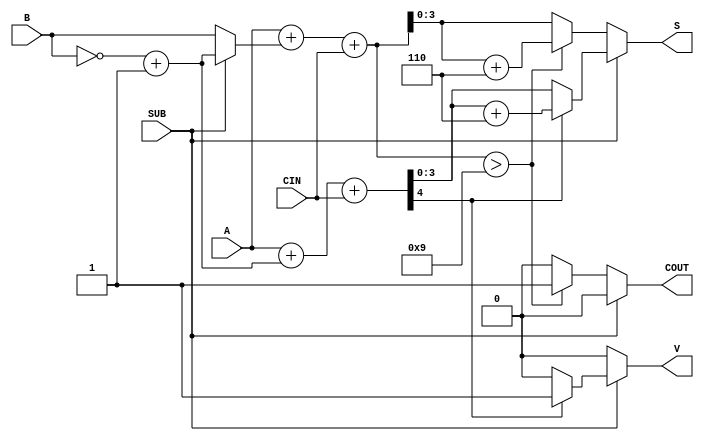
module BCD_Add_Subtracter (
    input  wire [3:0] A,     // First BCD digit
    input  wire [3:0] B,     // Second BCD digit
    input  wire SUB,         // Control signal for addition/subtraction
    input  wire CIN,         // Carry-in (typically 0 for addition)
    output reg  [3:0] S,     // Resulting BCD digit
    output reg  COUT,        // Carry-out
    output reg  V            // Overflow flag for subtraction
);

    wire [4:0] sum;          // 5-bit sum for addition and subtraction
    wire [3:0] B_complement; // 9's complement of B
    wire [4:0] adjusted_sum; // Adjusted sum for BCD correction

    // Calculate 9's complement of B
    assign B_complement = ~B + 4'b0001; // Invert B and add 1

    // Addition logic
    assign sum = A + (SUB ? B_complement : B) + CIN;

    // BCD correction logic for addition
    always @(*) begin
        if (!SUB) begin
            if (sum > 4'd9) begin
                S = sum[3:0] + 4'b0110; // Add 6 for BCD correction
                COUT = 1'b1;            // Set carry-out
            end else begin
                S = sum[3:0];
                COUT = 1'b0;            // No carry-out
            end
            V = 1'b0;                  // No overflow in addition
        end 
        // Subtraction logic
        else begin
            adjusted_sum = A + B_complement + CIN;
            if (adjusted_sum[4] == 1'b1) begin
                S = adjusted_sum[3:0] + 4'b0110; // Add 6 for BCD correction
                V = 1'b1;                        // Set overflow
            end else begin
                S = adjusted_sum[3:0];
                V = 1'b0;                        // No overflow
            end
            COUT = 1'b0;                        // No carry-out in subtraction
        end
    end

endmodule